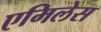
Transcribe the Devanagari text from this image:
एमिलेस